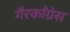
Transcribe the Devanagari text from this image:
गैरकाँग्रेस